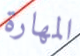
المهارة